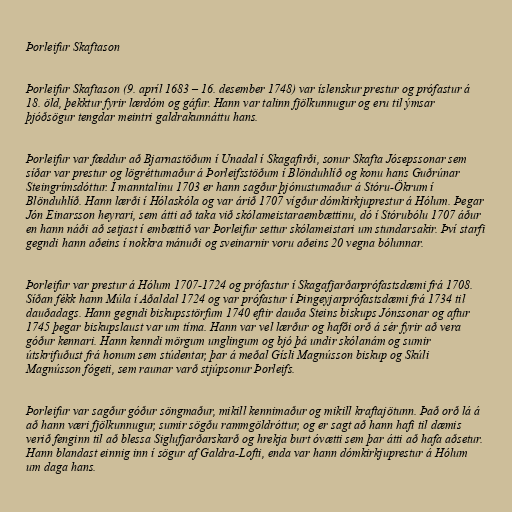
Þorleifur Skaftason

Þorleifur Skaftason (9. apríl 1683 – 16. desember 1748) var íslenskur prestur og prófastur á
18. öld, þekktur fyrir lærdóm og gáfur. Hann var talinn fjölkunnugur og eru til ýmsar
þjóðsögur tengdar meintri galdrakunnáttu hans.

Þorleifur var fæddur að Bjarnastöðum í Unadal í Skagafirði, sonur Skafta Jósepssonar sem
síðar var prestur og lögréttumaður á Þorleifsstöðum í Blönduhlíð og konu hans Guðrúnar
Steingrímsdóttur. Í manntalinu 1703 er hann sagður þjónustumaður á Stóru-Ökrum í
Blönduhlíð. Hann lærði í Hólaskóla og var árið 1707 vígður dómkirkjuprestur á Hólum. Þegar
Jón Einarsson heyrari, sem átti að taka við skólameistaraembættinu, dó í Stórubólu 1707 áður
en hann náði að setjast í embættið var Þorleifur settur skólameistari um stundarsakir. Því starfi
gegndi hann aðeins í nokkra mánuði og sveinarnir voru aðeins 20 vegna bólunnar.

Þorleifur var prestur á Hólum 1707-1724 og prófastur í Skagafjarðarprófastsdæmi frá 1708.
Síðan fékk hann Múla í Aðaldal 1724 og var prófastur í Þingeyjarprófastsdæmi frá 1734 til
dauðadags. Hann gegndi biskupsstörfum 1740 eftir dauða Steins biskups Jónssonar og aftur
1745 þegar biskupslaust var um tíma. Hann var vel lærður og hafði orð á sér fyrir að vera
góður kennari. Hann kenndi mörgum unglingum og bjó þá undir skólanám og sumir
útskrifuðust frá honum sem stúdentar, þar á meðal Gísli Magnússon biskup og Skúli
Magnússon fógeti, sem raunar varð stjúpsonur Þorleifs.

Þorleifur var sagður góður söngmaður, mikill kennimaður og mikill kraftajötunn. Það orð lá á
að hann væri fjölkunnugur, sumir sögðu rammgöldróttur, og er sagt að hann hafi til dæmis
verið fenginn til að blessa Siglufjarðarskarð og hrekja burt óvætti sem þar átti að hafa aðsetur.
Hann blandast einnig inn í sögur af Galdra-Lofti, enda var hann dómkirkjuprestur á Hólum
um daga hans.